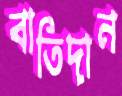
বাতিদান